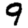
Digit: 9